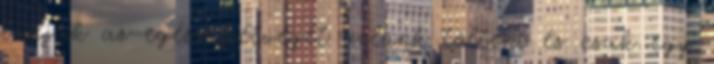
tudják az egész hétvégét velünk tölteni és csak egy